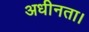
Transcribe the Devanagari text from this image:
अधीनता।